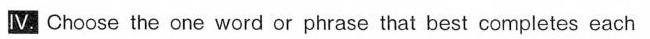
Ⅳ. Choose the one word or phrase that best completes each